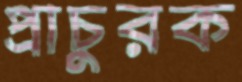
প্রাচুরক